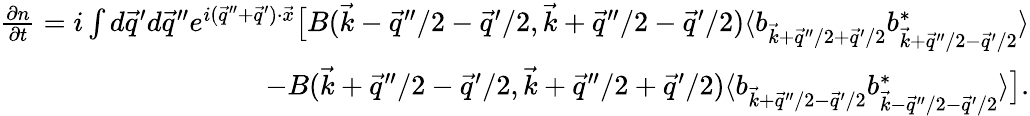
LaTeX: \begin{array}{r}{\frac{\partial n}{\partial t}=i\int d\vec{q}^{\prime}d\vec{q}^{\prime\prime}e^{i(\vec{q}^{\prime\prime}+\vec{q}^{\prime})\cdot\vec{x}}\big[B(\vec{k}-\vec{q}^{\prime\prime}/2-\vec{q}^{\prime}/2,\vec{k}+\vec{q}^{\prime\prime}/2-\vec{q}^{\prime}/2)\langle b_{\vec{k}+\vec{q}^{\prime\prime}/2+\vec{q}^{\prime}/2}b_{\vec{k}+\vec{q}^{\prime\prime}/2-\vec{q}^{\prime}/2}^{*}\rangle}\\ {-B(\vec{k}+\vec{q}^{\prime\prime}/2-\vec{q}^{\prime}/2,\vec{k}+\vec{q}^{\prime\prime}/2+\vec{q}^{\prime}/2)\langle b_{\vec{k}+\vec{q}^{\prime\prime}/2-\vec{q}^{\prime}/2}b_{\vec{k}-\vec{q}^{\prime\prime}/2-\vec{q}^{\prime}/2}^{*}\rangle\big].}\end{array}